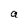
Character: a